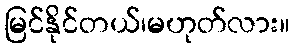
မြင်နိုင်တယ်၊မဟုတ်လား။